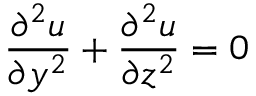
{ \frac { \partial ^ { 2 } u } { \partial y ^ { 2 } } } + { \frac { \partial ^ { 2 } u } { \partial z ^ { 2 } } } = 0